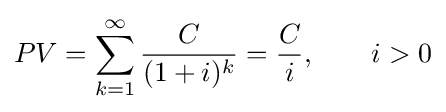
PV=\sum _{k=1}^{\infty }{\frac {C}{(1+i)^{k}}}={\frac {C}{i}},\qquad i>0